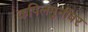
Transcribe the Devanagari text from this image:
कपिलमुनींवर